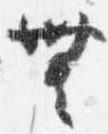
無